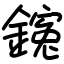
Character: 䥉